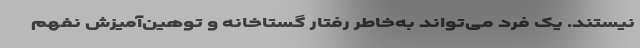
نیستند. یک فرد می‌تواند به‌خاطر رفتار گستاخانه و توهین‌آمیزش نفهم